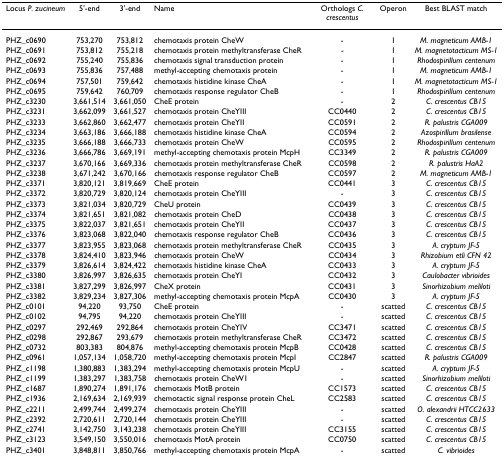
<table><thead><tr><td><b>Locus <i>P. zucineum</i></b></td><td><b>5&#x27;-end</b></td><td><b>3&#x27;-end</b></td><td><b>Name</b></td><td><b>Orthologs <i>C. crescentus</i></b></td><td><b>Operon</b></td><td><b>Best BLAST match</b></td></tr></thead><tbody><tr><td>PHZ_c0690</td><td>753,270</td><td>753,812</td><td>chemotaxis protein CheW</td><td>-</td><td>1</td><td><i>M. magneticum AMB-1</i></td></tr><tr><td>PHZ_c0691</td><td>753,812</td><td>755,218</td><td>chemotaxis protein methyltransferase CheR</td><td>-</td><td>1</td><td><i>M. magnetotacticum MS-1</i></td></tr><tr><td>PHZ_c0692</td><td>755,240</td><td>755,836</td><td>chemotaxis signal transduction protein</td><td>-</td><td>1</td><td><i>Rhodospirillum centenum</i></td></tr><tr><td>PHZ_c0693</td><td>755,836</td><td>757,488</td><td>methyl-accepting chemotaxis protein</td><td>-</td><td>1</td><td><i>M. magneticum AMB-1</i></td></tr><tr><td>PHZ_c0694</td><td>757,501</td><td>759,642</td><td>chemotaxis histidine kinase CheA</td><td>-</td><td>1</td><td><i>M. magnetotacticum MS-1</i></td></tr><tr><td>PHZ_c0695</td><td>759,642</td><td>760,709</td><td>chemotaxis response regulator CheB</td><td>-</td><td>1</td><td><i>Rhodospirillum centenum</i></td></tr><tr><td>PHZ_c3230</td><td>3,661,514</td><td>3,661,050</td><td>CheE protein</td><td>-</td><td>2</td><td><i>C. crescentus CB15</i></td></tr><tr><td>PHZ_c3231</td><td>3,662,099</td><td>3,661,527</td><td>chemotaxis protein CheYIII</td><td>CC0440</td><td>2</td><td><i>C. crescentus CB15</i></td></tr><tr><td>PHZ_c3233</td><td>3,662,860</td><td>3,662,477</td><td>chemotaxis protein CheYII</td><td>CC0591</td><td>2</td><td><i>R. palustris CGA009</i></td></tr><tr><td>PHZ_c3234</td><td>3,663,186</td><td>3,666,188</td><td>chemotaxis histidine kinase CheA</td><td>CC0594</td><td>2</td><td><i>Azospirillum brasilense</i></td></tr><tr><td>PHZ_c3235</td><td>3,666,188</td><td>3,666,733</td><td>chemotaxis protein CheW</td><td>CC0595</td><td>2</td><td><i>Rhodospirillum centenum</i></td></tr><tr><td>PHZ_c3236</td><td>3,666,786</td><td>3,669,191</td><td>methyl-accepting chemotaxis protein McpH</td><td>CC3349</td><td>2</td><td><i>R. palustris CGA009</i></td></tr><tr><td>PHZ_c3237</td><td>3,670,166</td><td>3,669,336</td><td>chemotaxis protein methyltransferase CheR</td><td>CC0598</td><td>2</td><td><i>R. palustris HaA2</i></td></tr><tr><td>PHZ_c3238</td><td>3,671,242</td><td>3,670,166</td><td>chemotaxis response regulator CheB</td><td>CC0597</td><td>2</td><td><i>M. magneticum AMB-1</i></td></tr><tr><td>PHZ_c3371</td><td>3,820,121</td><td>3,819,669</td><td>CheE protein</td><td>CC0441</td><td>3</td><td><i>C. crescentus CB15</i></td></tr><tr><td>PHZ_c3372</td><td>3,820,729</td><td>3,820,124</td><td>chemotaxis protein CheYIII</td><td>-</td><td>3</td><td><i>C. crescentus CB15</i></td></tr><tr><td>PHZ_c3373</td><td>3,821,034</td><td>3,820,729</td><td>CheU protein</td><td>CC0439</td><td>3</td><td><i>C. crescentus CB15</i></td></tr><tr><td>PHZ_c3374</td><td>3,821,651</td><td>3,821,082</td><td>chemotaxis protein CheD</td><td>CC0438</td><td>3</td><td><i>C. crescentus CB15</i></td></tr><tr><td>PHZ_c3375</td><td>3,822,037</td><td>3,821,651</td><td>chemotaxis protein CheYII</td><td>CC0437</td><td>3</td><td><i>C. crescentus CB15</i></td></tr><tr><td>PHZ_c3376</td><td>3,823,068</td><td>3,822,040</td><td>chemotaxis response regulator CheB</td><td>CC0436</td><td>3</td><td><i>C. crescentus CB15</i></td></tr><tr><td>PHZ_c3377</td><td>3,823,955</td><td>3,823,068</td><td>chemotaxis protein methyltransferase CheR</td><td>CC0435</td><td>3</td><td><i>A. cryptum JF-5</i></td></tr><tr><td>PHZ_c3378</td><td>3,824,410</td><td>3,823,946</td><td>chemotaxis protein CheW</td><td>CC0434</td><td>3</td><td><i>Rhizobium etli CFN 42</i></td></tr><tr><td>PHZ_c3379</td><td>3,826,614</td><td>3,824,422</td><td>chemotaxis histidine kinase CheA</td><td>CC0433</td><td>3</td><td><i>A. cryptum JF-5</i></td></tr><tr><td>PHZ_c3380</td><td>3,826,997</td><td>3,826,635</td><td>chemotaxis protein CheYI</td><td>CC0432</td><td>3</td><td><i>Caulobacter vibrioides</i></td></tr><tr><td>PHZ_c3381</td><td>3,827,299</td><td>3,826,997</td><td>CheX protein</td><td>CC0431</td><td>3</td><td><i>Sinorhizobium meliloti</i></td></tr><tr><td>PHZ_c3382</td><td>3,829,234</td><td>3,827,306</td><td>methyl-accepting chemotaxis protein McpA</td><td>CC0430</td><td>3</td><td><i>A. cryptum JF-5</i></td></tr><tr><td>PHZ_c0101</td><td>94,220</td><td>93,750</td><td>CheE protein</td><td>-</td><td>scatted</td><td><i>C. crescentus CB15</i></td></tr><tr><td>PHZ_c0102</td><td>94,795</td><td>94,220</td><td>chemotaxis protein CheYIII</td><td>-</td><td>scatted</td><td><i>C. crescentus CB15</i></td></tr><tr><td>PHZ_c0297</td><td>292,469</td><td>292,864</td><td>chemotaxis protein CheYIV</td><td>CC3471</td><td>scatted</td><td><i>C. crescentus CB15</i></td></tr><tr><td>PHZ_c0298</td><td>292,867</td><td>293,679</td><td>chemotaxis protein methyltransferase CheR</td><td>CC3472</td><td>scatted</td><td><i>C. crescentus CB15</i></td></tr><tr><td>PHZ_c0732</td><td>803,383</td><td>804,876</td><td>methyl-accepting chemotaxis protein McpB</td><td>CC0428</td><td>scatted</td><td><i>C. crescentus CB15</i></td></tr><tr><td>PHZ_c0961</td><td>1,057,134</td><td>1,058,720</td><td>methyl-accepting chemotaxis protein McpI</td><td>CC2847</td><td>scatted</td><td><i>R. palustris CGA009</i></td></tr><tr><td>PHZ_c1198</td><td>1,380,883</td><td>1,383,294</td><td>methyl-accepting chemotaxis protein McpU</td><td>-</td><td>scatted</td><td><i>A. cryptum JF-5</i></td></tr><tr><td>PHZ_c1199</td><td>1,383,297</td><td>1,383,758</td><td>chemotaxis protein CheW1</td><td>-</td><td>scatted</td><td><i>Sinorhizobium meliloti</i></td></tr><tr><td>PHZ_c1687</td><td>1,890,274</td><td>1,891,176</td><td>chemotaxis MotB protein</td><td>CC1573</td><td>scatted</td><td><i>C. crescentus CB15</i></td></tr><tr><td>PHZ_c1936</td><td>2,169,634</td><td>2,169,939</td><td>chemotactic signal response protein CheL</td><td>CC2583</td><td>scatted</td><td><i>C. crescentus CB15</i></td></tr><tr><td>PHZ_c2211</td><td>2,499,744</td><td>2,499,274</td><td>chemotaxis protein CheYIII</td><td>-</td><td>scatted</td><td><i>O. alexandrii HTCC2633</i></td></tr><tr><td>PHZ_c2392</td><td>2,720,611</td><td>2,720,144</td><td>chemotaxis protein CheYIII</td><td>-</td><td>scatted</td><td><i>C. crescentus CB15</i></td></tr><tr><td>PHZ_c2741</td><td>3,142,750</td><td>3,143,238</td><td>chemotaxis protein CheYIII</td><td>CC3155</td><td>scatted</td><td><i>C. crescentus CB15</i></td></tr><tr><td>PHZ_c3123</td><td>3,549,150</td><td>3,550,016</td><td>chemotaxis MotA protein</td><td>CC0750</td><td>scatted</td><td><i>C. crescentus CB15</i></td></tr><tr><td>PHZ_c3401</td><td>3,848,811</td><td>3,850,766</td><td>methyl-accepting chemotaxis protein McpA</td><td>-</td><td>scatted</td><td><i>C. vibrioides</i></td></tr></tbody></table>